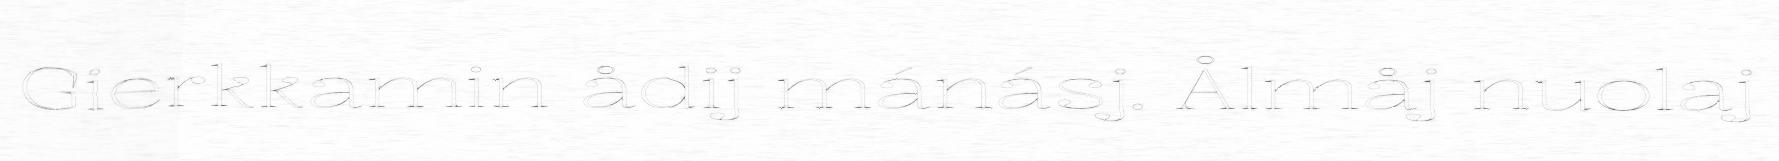
Gierkkamin ådij mánásj. Ålmåj nuolaj